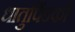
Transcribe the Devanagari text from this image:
धातुपिंडकों